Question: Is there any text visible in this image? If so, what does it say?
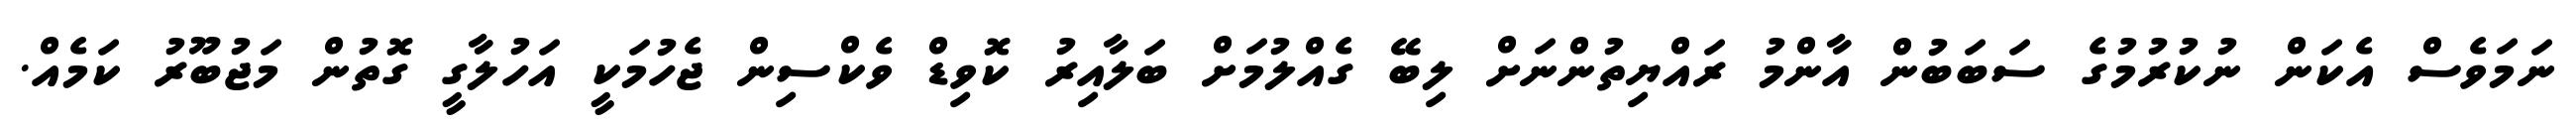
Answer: ނަމަވެސް އެކަން ނުކުރުމުގެ ސަބަބުން އާންމު ރައްޔިތުންނަށް ލިބޭ ގެއްލުމަށް ބަލާއިރު ކޮވިޑް ވެކްސިން ޖެހުމަކީ އަހުލާގީ ގޮތުން މަޖުބޫރު ކަމެއް.